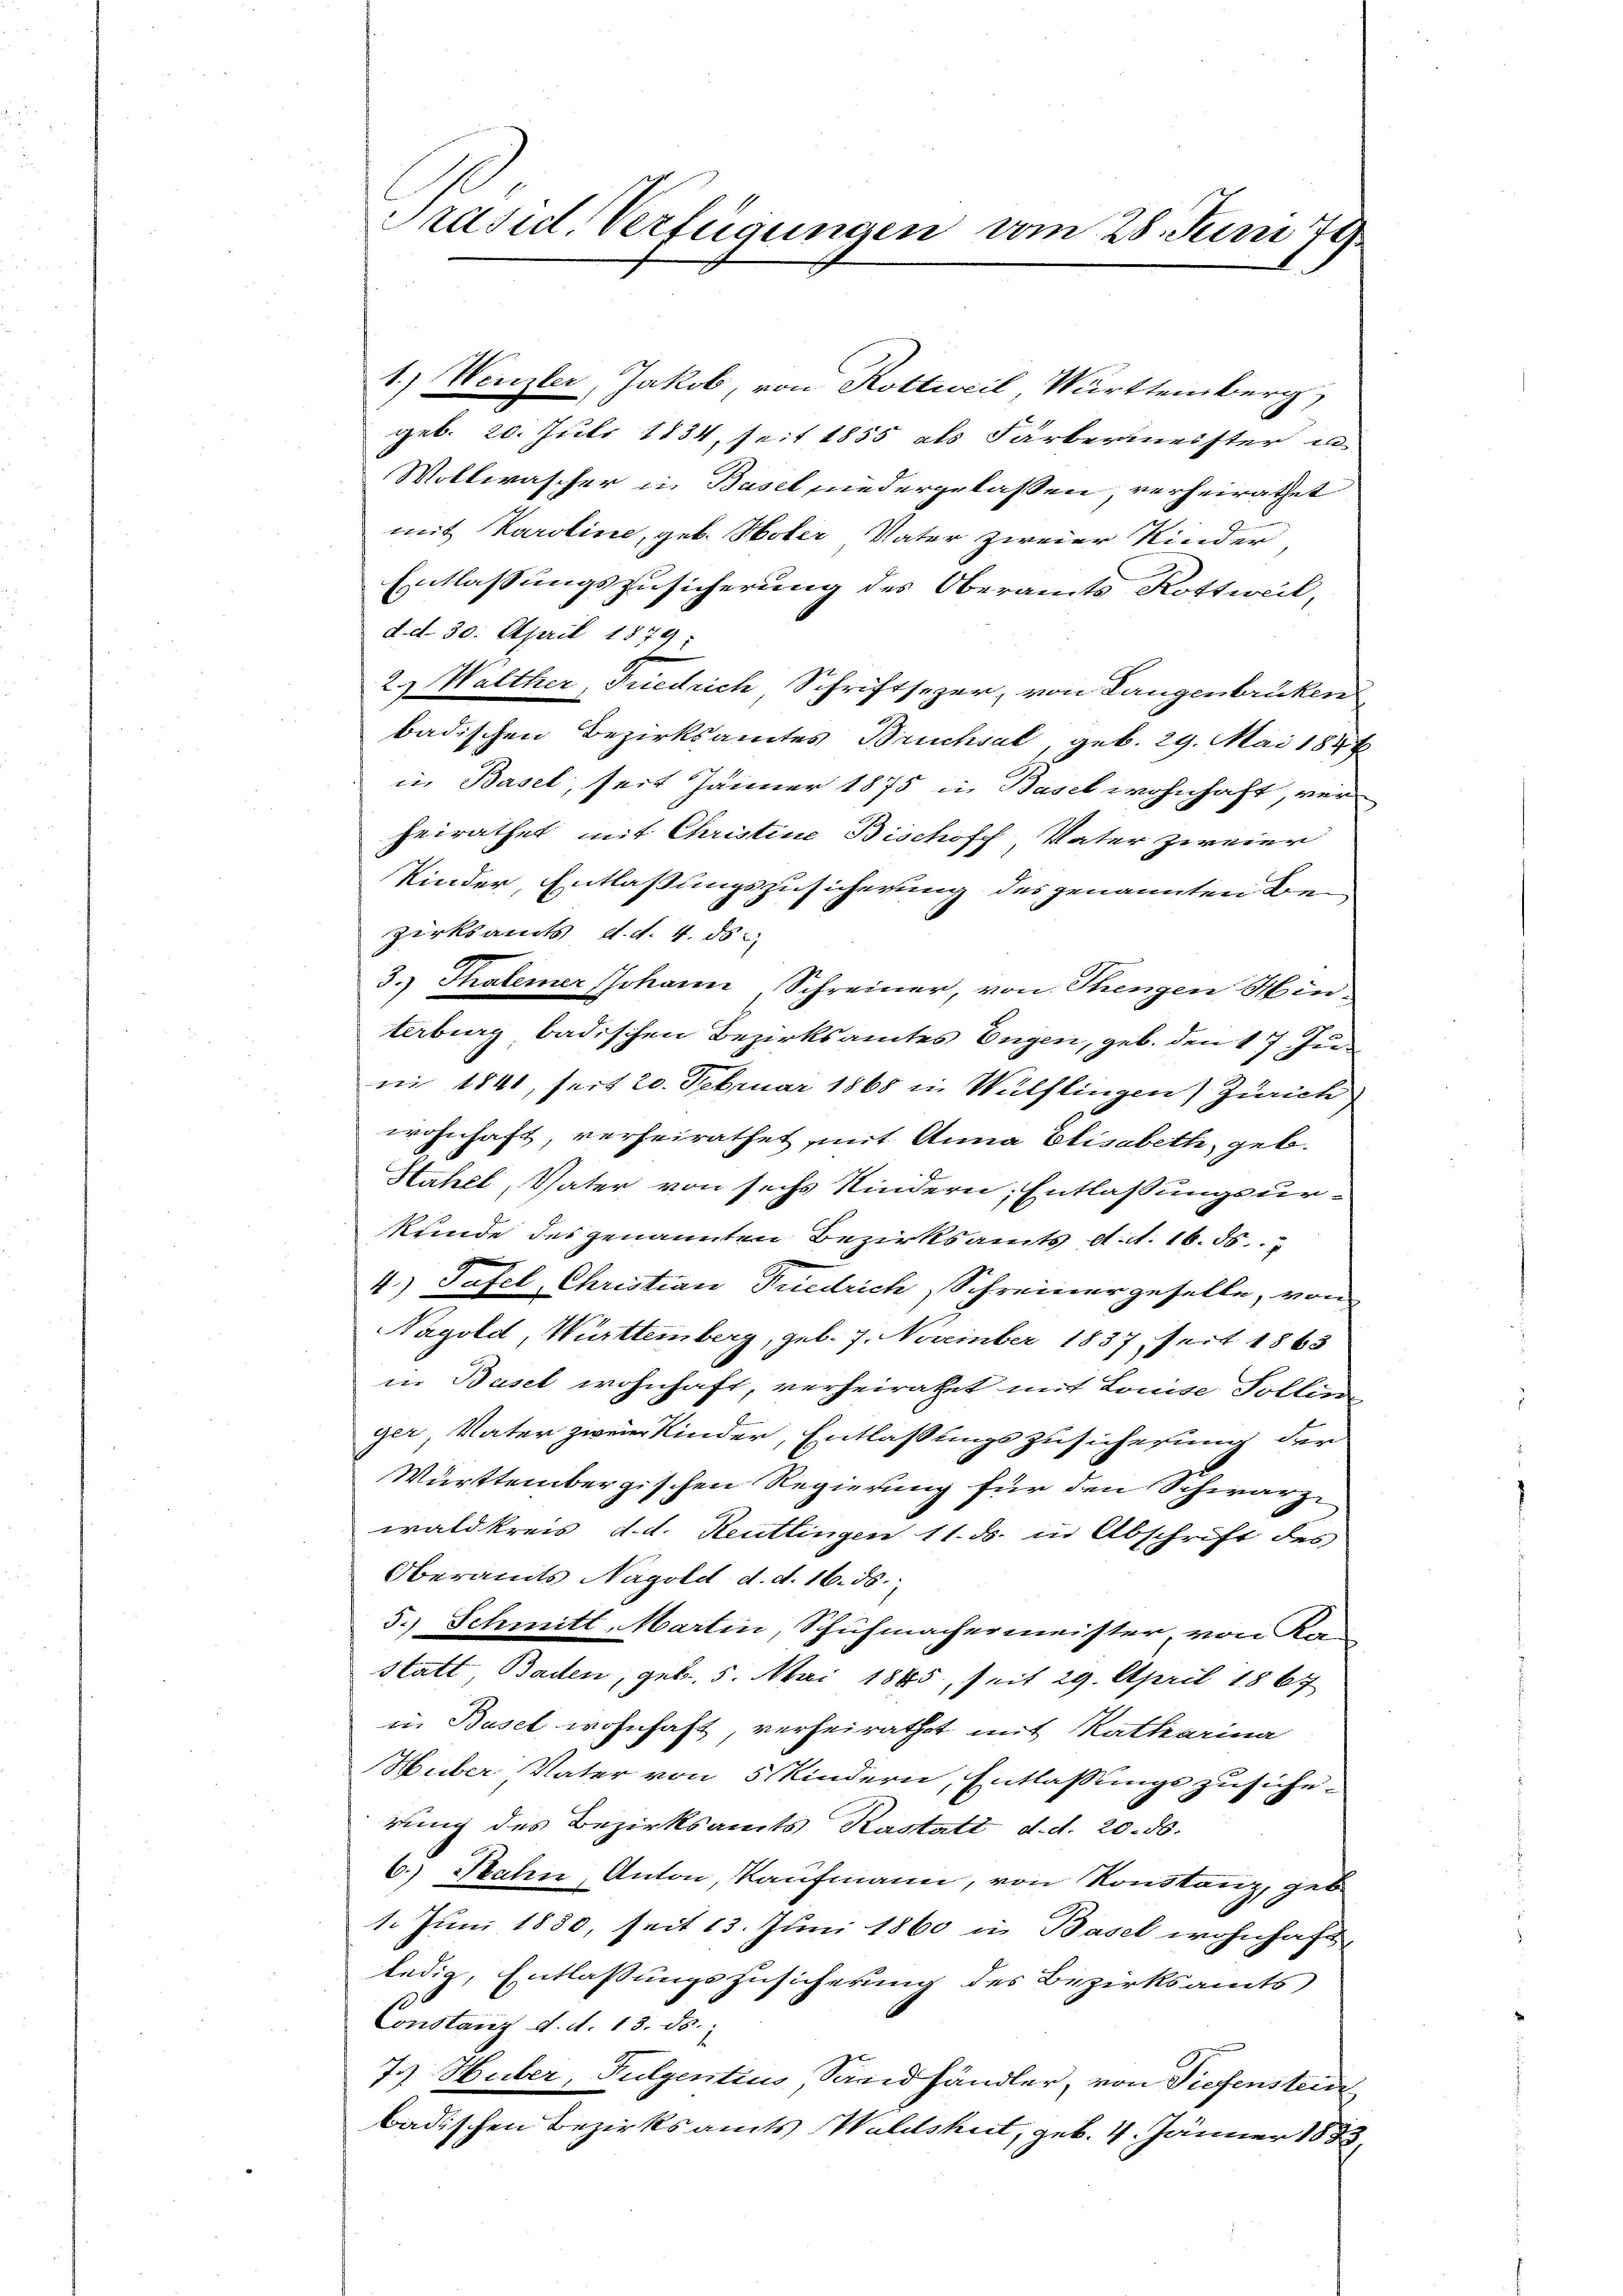
Präsid. Verfügungen vom 28. Juni 78

1.) Wenzler, Jakob, von Rottweil Württemberg,
geb. 20. Juli 1834, seit 1855 als Färbermeister u
Wollwascher in Basel niedergelassen, verheirathet
mit Karoline, geb. Hoter Vater zweier Kinder,
Entlassungszusicherung des Oberamts Rottweil,
d. d. 30. April 1879.
2.) Walther Friedrich Schriftsezer, von Langenbrüken
badischen Bezirksamtes Bruchsal, geb. 29. Mai 1844
in Basel, seit Jänner 1875 in Basel wohnhaft, verheirathet mit Christine Bischosch Vater zweier
Kinder, Entlaßungszusicherung des genannten Bezirksamts, d. d. 4. 85.
3.) Thalerer Johann Schreiner, von Thengen Hinterbung badischen Bezirksamtes Engen, geb. den 17. Ju
ni 1841, seit 20. Februar 1865 in Wülflingen) Zürich
wohnhaft, verheirathet mit Anna Elisabeth, geb.
Hahel, Vater von sechs Kindern, Entlassungsurkunde des genannten Bezirksamts d. d. 16.
4.) Tafel, Christian Friedrich, Schreiner geselle, von
Nagold, Württemberg, geb. 7. November 1837, seit 1863
in Basel wohnhaft, verheiratet mit Louise Solling
ger, Vater zweier Kinder, EntlassungsZusicherung der
Württembergischen Regierung für den Schwarzwaldkreis d. d. Reutlingen 11. ds. in Abschrift des
Oberamts Nagold d. d. 16. ds.
5.) Schmitt. Martin, Schuhmachermeister, von Ka
statt, Baden, geb. 5. Mai 1885, seit 29. April 1867
in Basel wohnhaft, verheirathet mit Ratharina
Huber, Vater von 5 Kindern, Entlassungs zusicherung des Bezirksamts Kastatt d. d. 20. ds.
6.) Sahen Anton, Kaufmann, von Konstanz, geb.
e
1. Juni 1880, seit 13. Juni 1860 in Basel wohnhaft
ledig, Entlassungszusicherung des Bezirksamts
Constanz d. d. 13. ds.
7.) Huber, Fulgentius, Sandhändler, von Tiefensteidi
badischen Bezirksamts Waldsheit, geb. 4. Jänner 1883